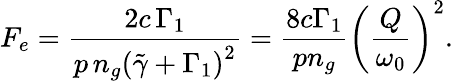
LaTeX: F_{e}=\frac{2c\, \Gamma_{1}}{p\, n_{g}\left(\tilde{\gamma}+\Gamma_{1}\right)^{2}}=\frac{8c\Gamma_{1}}{pn_{g}}\left(\frac{Q}{\omega_{0}}\right)^{2}.